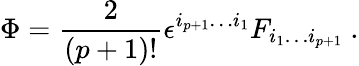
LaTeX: \Phi={\frac{2}{(p+1)!}}\epsilon^{i_{p+1}\dots i_{1}}F_{i_{1}\dots i_{p+1}}\ .